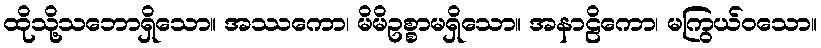
ထိုသို့သဘောရှိသော။ အဿကော၊ မိမိဥစ္စာမရှိသော။ အနာဠိကော၊ မကြွယ်ဝသော။